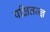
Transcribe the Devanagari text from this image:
पक्षितज्‍ज्ञ